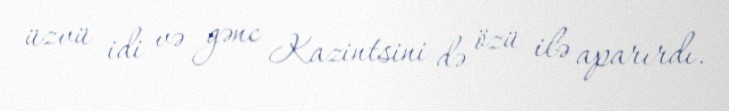
üzvü idi və gənc Kazintsini də özü ilə aparırdı.